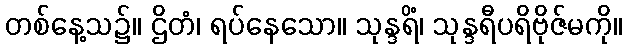
တစ်နေ့သ၌။ ဌိတံ၊ ရပ်နေသော။ သုန္ဒရိံ၊ သုန္ဒရီပရိဗိုဇ်မကို။